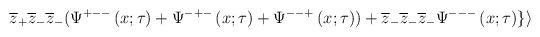
LaTeX: \begin{align*}\overline{z}_{+}\overline{z}_{-}\overline{z}_{-}(\Psi ^{+--}\left( x;\tau\right) +\Psi ^{-+-}\left( x;\tau \right) +\Psi ^{--+}\left( x;\tau \right))+\overline{z}_{-}\overline{z}_{-}\overline{z}_{-}\Psi ^{---}\left( x;\tau\right) \}\rangle\end{align*}